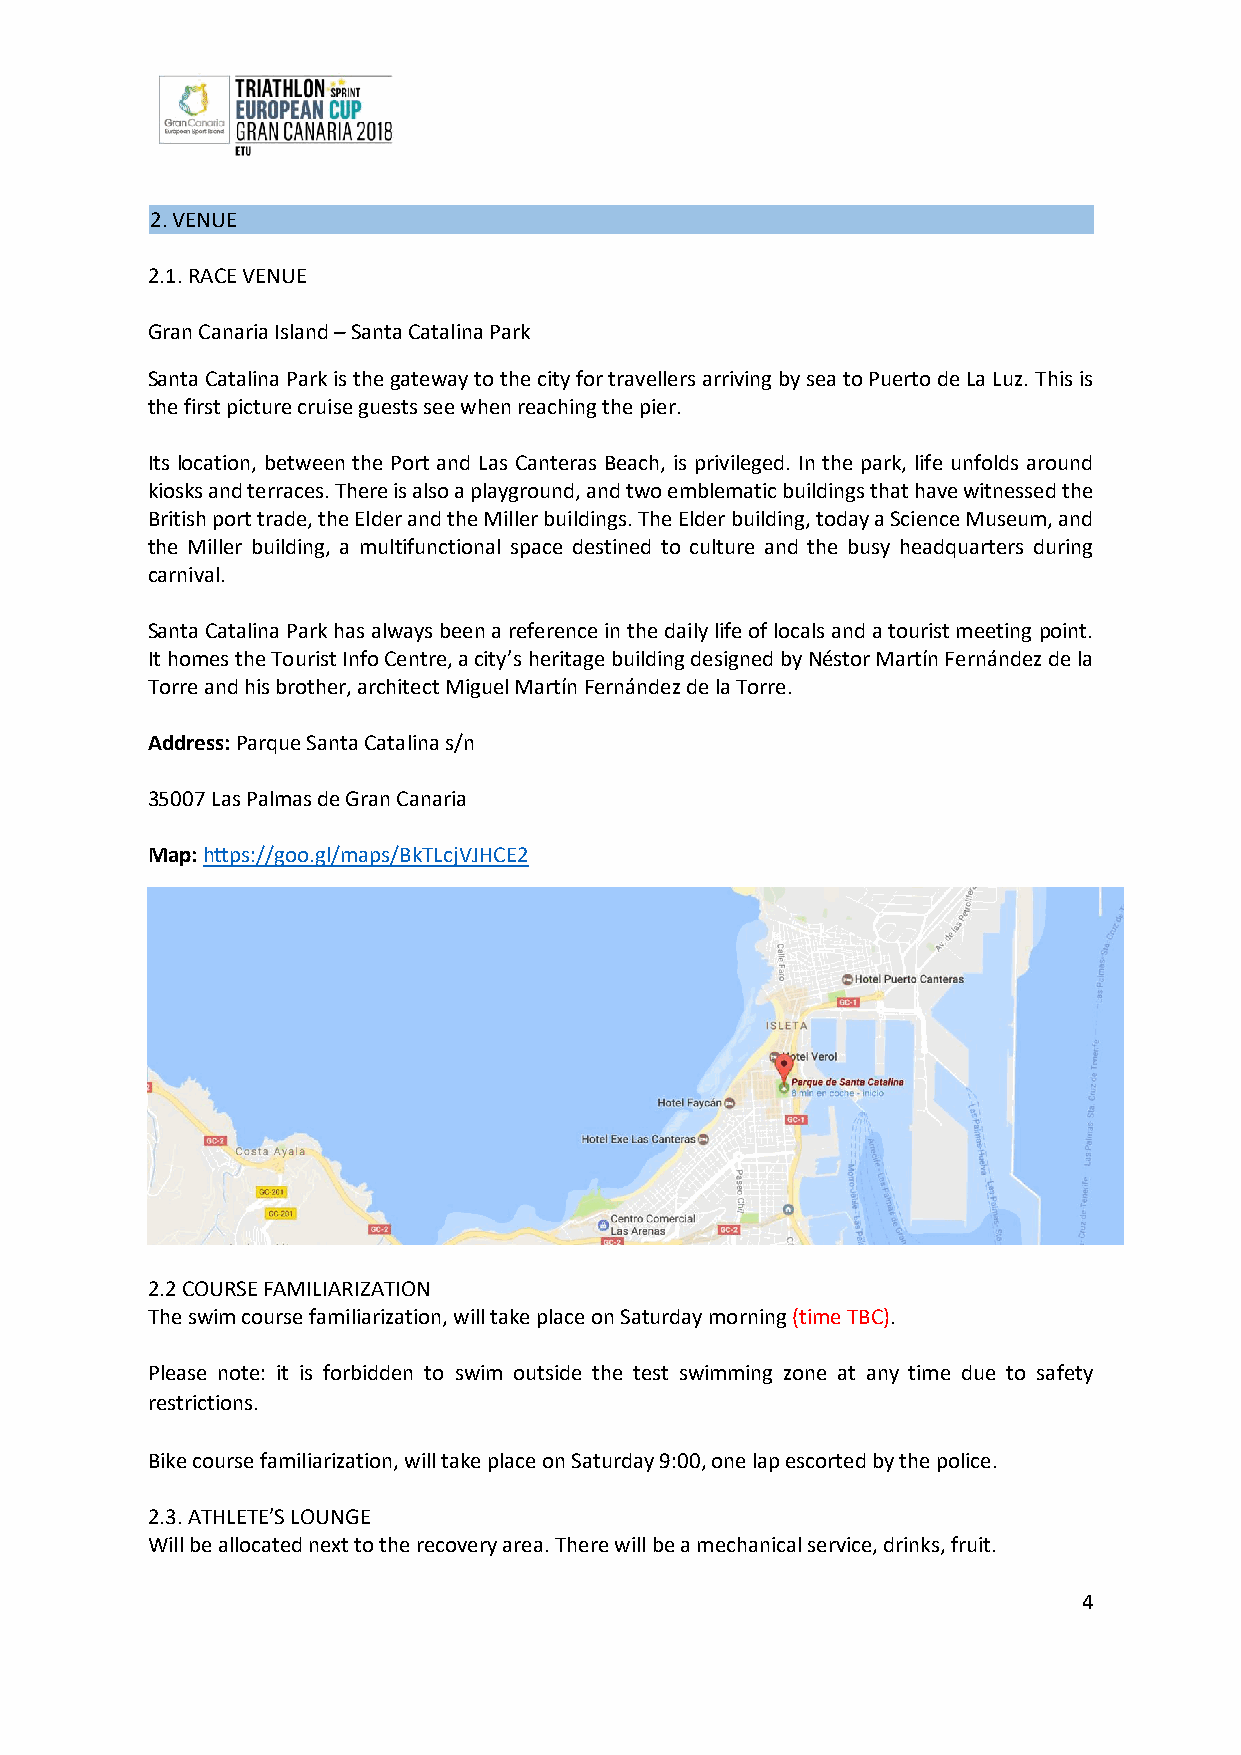
2. VENUE
 2.1. RACE VENUE
 Gran Canaria Island – Santa Catalina Park
 Santa Catalina Park is the gateway to the city for travellers arriving by sea to Puerto de La Luz. This is
 the first picture cruise guests see when reaching the pier.
 Its location, between the Port and Las Canteras Beach, is privileged. In the park, life unfolds around
 kiosks and terraces. There is also a playground, and two emblematic buildings that have witnessed the
 British port trade, the Elder and the Miller buildings. The Elder building, today a Science Museum, and
 the Miller building, a multifunctional space destined to culture and the busy headquarters during
 carnival.
 Santa Catalina Park has always been a reference in the daily life of locals and a tourist meeting point.
 It homes the Tourist Info Centre, a city’s heritage building designed by Néstor Martín Fernández de la
 Torre and his brother, architect Miguel Martín Fernández de la Torre.
 Address: Parque Santa Catalina s/n
 35007 Las Palmas de Gran Canaria
 Map: https://goo.gl/maps/BkTLcjVJHCE2
 2.2 COURSE FAMILIARIZATION
 The swim course familiarization, will take place on Saturday morning (time TBC).
 Please note: it is forbidden to swim outside the test swimming zone at any time due to safety
 restrictions.
 Bike course familiarization, will take place on Saturday 9:00, one lap escorted by the police.
 2.3. ATHLETE’S LOUNGE
 Will be allocated next to the recovery area. There will be a mechanical service, drinks, fruit.
 4